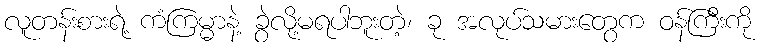
လူတန်းစားရဲ့ ကံကြမ္မာနဲ့ ခွဲလို့မရပါဘူးတဲ့၊ ခု အလုပ်သမားတွေက ဝန်ကြီးကို